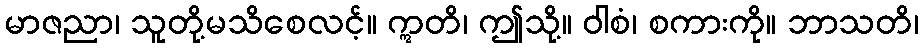
မာဇညာ၊ သူတို့မသိစေလင့်။ ဣတိ၊ ဤသို့။ ဝါစံ၊ စကားကို။ ဘာသတိ၊